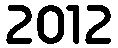
2012